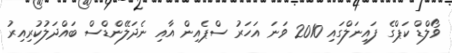
ވޯލްޑް ކަޕްގެ ފައިނަލްގައި 2010 ވަނަ އަހަރު ސްޕެއިން އާއި ނެދަލޭންޑްސް ބައްދަލުކުރިއިރު